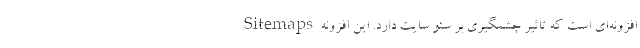
Sitemaps افزونه‌ای است که تاثیر چشمگیری بر سئو سایت دارد. این افزونه